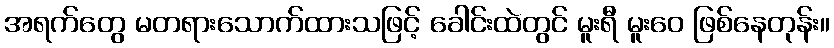
အရက်တွေ မတရားသောက်ထားသဖြင့် ခေါင်းထဲတွင် မူးရီ မူးဝေ ဖြစ်နေတုန်း။